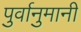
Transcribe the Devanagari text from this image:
पुर्वानुमानी